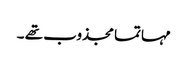
مہاتما مجذوب تھے ۔